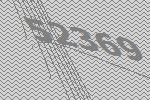
52369